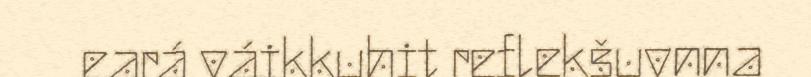
eará váikkuhit reflekšuvnna